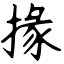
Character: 掾